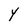
Character: Y